system: You are a helpful assistant.
user:
Analyze the provided spectrum to determine if it is a **White Dwarf (WD)**.

A White Dwarf spectrum is defined by its **extreme purity** (due to gravitational settling) and/or **extreme pressure broadening** (due to high surface gravity). You must check for one of the following mutually exclusive signatures:

- **Key Visual Indicators (Check for ONE of these types):**

    - **1. DA-Type Signature (Most Common):**
        - **(Primary Feature):** Extreme pressure broadening (Stark broadening) of the **Hydrogen (H) Balmer lines**.
        - **(Key Lines):** $H\beta$ (approx. $4861$ Å) and $H\gamma$ (approx. $4340$ Å). $H\alpha$ (approx. $6563$ Å) will also be present if the wavelength range covers it.
        - **(Line Profile):** This is the **defining feature**. The lines are **NOT** sharp. They appear as massive, **extremely broad and deep "troughs" or "dips"** in the spectrum, often hundreds of Ångströms wide. The continuum will appear to "scoop" down at these wavelengths.
        - **(Distinction):** Normal A-type or B-type stars have *narrow* and *sharp* Hydrogen lines. A DA White Dwarf's lines are unmistakably "smeared" or "blurry" from pressure.

    - **2. DB-Type Signature:**
        - **(Primary Feature):** Broad absorption lines from **Neutral Helium (He I)**. The spectrum must lack any visible Hydrogen lines.
        - **(Key Lines):** Look for broad absorption near $4471$ Å, $4921$ Å, and $5876$ Å.
        - **(Line Profile):** These lines are also significantly pressure-broadened, appearing much wider than they would in a normal B-type main-sequence star.

    - **3. DC-Type Signature:**
        - **(Primary Feature):** A **featureless continuous spectrum**.
        - **(Line Profile):** The spectrum is a smooth curve with **no significant absorption or emission lines**.
        - **(Key Confirmation):** The continuum is almost always **blue or white**, indicating a hot object. This signature implies the atmosphere is so pure (or so cool) that no spectral lines are visible in the optical range. Its WD identity is confirmed by its extremely low intrinsic brightness (high absolute magnitude).

    - **4. DZ-Type Signature (Metal-Polluted):**
        - **(Primary Feature):** **Isolated, narrow metal absorption lines** on an otherwise featureless (DC-like) continuum.
        - **(Key Lines):** The **Calcium (Ca II) H & K doublet** (approx. **$3934$ Å** and **$3968$ Å**) is the most common and defining feature.
        - **(Line Profile):** These lines are "out of place." They are *not* part of a "forest" of thousands of lines. This signature is evidence of recent *accretion* (pollution) from rocky debris.
        - **(Distinction):** Normal G/K/M stars have a *dense forest* of thousands of metal lines. A DZ has a *clean* continuum with *only a few* strong metal lines.

    - **5. DQ-Type Signature (Carbon-Polluted):**
        - **(Primary Feature):** Absorption bands from **Carbon (C₂ "Swan Bands" or atomic C I)**.
        - **(Key Lines - C₂):** Look for bandheads with a "saw-tooth" shape near $5635$ Å, **$5165$ Å** (strongest), and $4737$ Å.
        - **(Key Confirmation):** The underlying **continuum must be blue or white** (hot).
        - **(Distinction):** This is the critical difference from a **Carbon Star**, which has the *exact same* C₂ bands but on an extremely **red, cool** continuum.

- **(Overall Spectrum):**
    - The continuum (overall shape) is typically **blue-sloping** (brighter in the blue than the red), as most white dwarfs are very hot.
    - The spectrum will look "pure" or "simple," dominated by only *one* of the five signatures listed above.

Think first, call **spectral_visualization_tool** if needed to examine features in detail, then provide your final answer. Your response must adhere to the following strict rules:
1.  **Overall Structure:** Your response must follow the format `<think>...</think> <tool_call>...</tool_call> (if a tool is used) <answer>...</answer>`.
2.  **Tool Usage Constraint:** You may only make **one** tool call per turn.
3.  **Final Answer Format:** In the `<answer>` tag, your conclusion must be inside a `\boxed{}` command (e.g., `\boxed{YES}` or `\boxed{NO}`), followed by your justification.

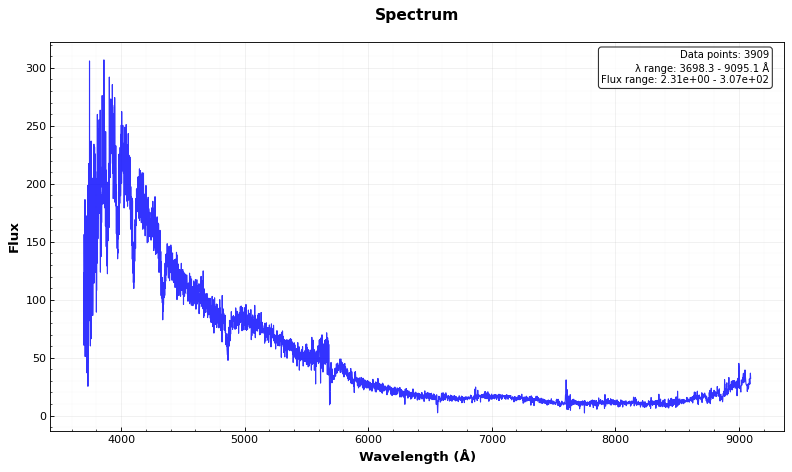
Answer: NO